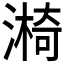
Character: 𣾐